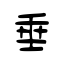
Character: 垂